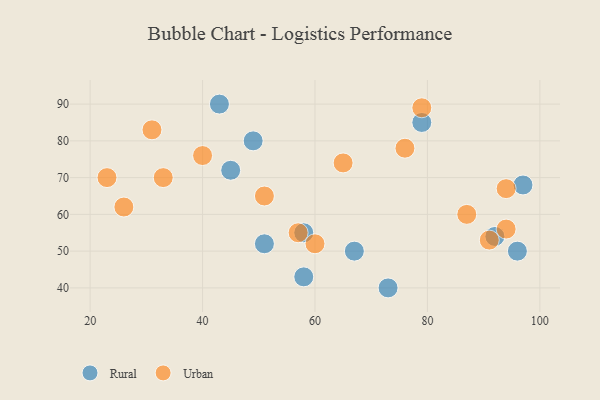
{"axis": {"x": "GDP", "y": "Life Expectancy"}, "legend": ["Rural", "Urban"], "data": [{"x": "58", "y": 55, "type": "Rural"}, {"x": "73", "y": 40, "type": "Rural"}, {"x": "58", "y": 43, "type": "Rural"}, {"x": "67", "y": 50, "type": "Rural"}, {"x": "43", "y": 90, "type": "Rural"}, {"x": "51", "y": 52, "type": "Rural"}, {"x": "97", "y": 68, "type": "Rural"}, {"x": "79", "y": 85, "type": "Rural"}, {"x": "49", "y": 80, "type": "Rural"}, {"x": "96", "y": 50, "type": "Rural"}, {"x": "92", "y": 54, "type": "Rural"}, {"x": "45", "y": 72, "type": "Rural"}, {"x": "40", "y": 76, "type": "Urban"}, {"x": "87", "y": 60, "type": "Urban"}, {"x": "26", "y": 62, "type": "Urban"}, {"x": "79", "y": 89, "type": "Urban"}, {"x": "23", "y": 70, "type": "Urban"}, {"x": "94", "y": 56, "type": "Urban"}, {"x": "57", "y": 55, "type": "Urban"}, {"x": "76", "y": 78, "type": "Urban"}, {"x": "31", "y": 83, "type": "Urban"}, {"x": "65", "y": 74, "type": "Urban"}, {"x": "60", "y": 52, "type": "Urban"}, {"x": "51", "y": 65, "type": "Urban"}, {"x": "91", "y": 53, "type": "Urban"}, {"x": "33", "y": 70, "type": "Urban"}, {"x": "94", "y": 67, "type": "Urban"}]}